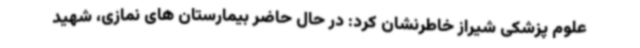
علوم پزشکی شیراز خاطرنشان کرد: در حال حاضر بیمارستان های نمازی، شهید